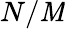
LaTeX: N/\mathit{M}